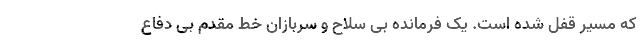
که مسیر قفل شده است. یک فرمانده بی سلاح و سربازان خط مقدم بی دفاع